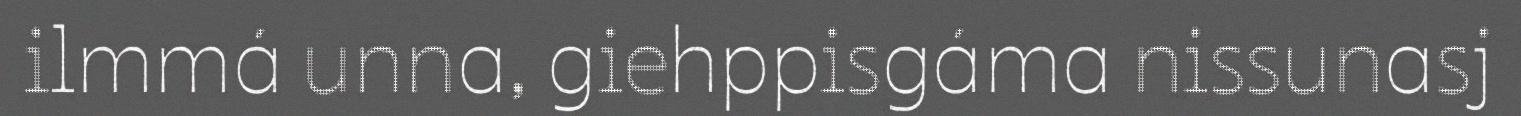
ilmmá unna, giehppisgáma nissunasj